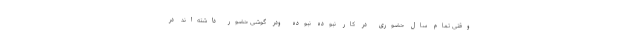
وقتی تمام سال حضوری در کار نبوده نبوده‌ ودر گوشی حضور داشته‌اند در